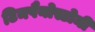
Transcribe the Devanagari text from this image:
टिमपैनोस्टोमी